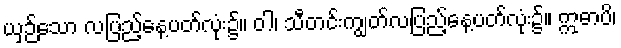
ယှဉ်သော လပြည့်နေ့ပတ်လုံး၌။ ဝါ၊ သီတင်းကျွတ်လပြည့်နေ့ပတ်လုံး၌။ ဣဓာပိ၊